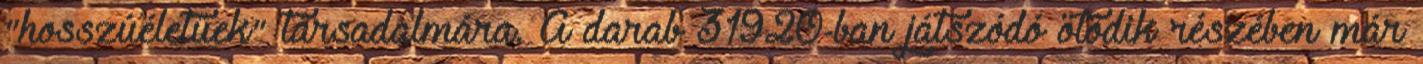
"hosszúéletűek" társadalmára. A darab 31920-ban játszódó ötödik részében már